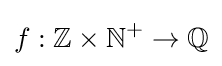
f:\mathbb {Z} \times \mathbb {N} ^{+}\to \mathbb {Q}